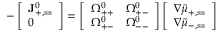
- \left[ \begin{array} { l } { \mathbf { J } _ { + , \ensuremath { \mathrm { s s } } } ^ { 0 } } \\ { 0 } \end{array} \right] = \left[ \begin{array} { l l } { \Omega _ { + + } ^ { 0 } } & { \Omega _ { + - } ^ { 0 } } \\ { \Omega _ { + - } ^ { 0 } } & { \Omega _ { -- } ^ { 0 } } \end{array} \right] \left[ \begin{array} { l } { \nabla \tilde { \mu } _ { + , \ensuremath { \mathrm { s s } } } } \\ { \nabla \tilde { \mu } _ { - , \ensuremath { \mathrm { s s } } } } \end{array} \right]